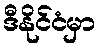
ဒီနိုင်ငံမှာ